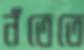
নঁতেতে